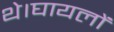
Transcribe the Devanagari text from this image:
थे।घायलों